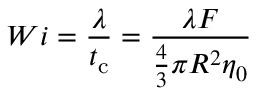
W i = \frac { \lambda } { t _ { \mathrm { c } } } = \frac { \lambda F } { \frac { 4 } { 3 } \pi R ^ { 2 } \eta _ { 0 } }